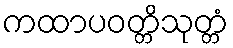
ကထာပဝတ္တိသုတ္တံ